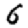
Digit: 6